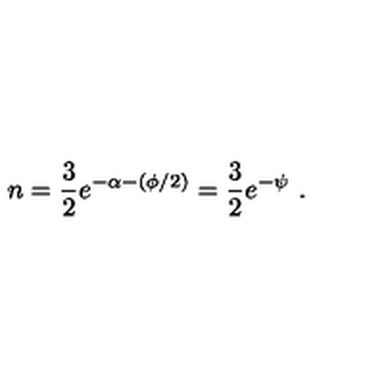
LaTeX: n = \frac { 3 } { 2 } e ^ { - \alpha - ( \phi / 2 ) } = \frac { 3 } { 2 } e ^ { - \psi } \ .